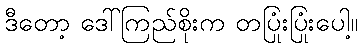
ဒီတော့ ဒေါ်ကြည်စိုးက တပြုံးပြုံးပေါ့။